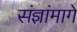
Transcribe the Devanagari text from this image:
संज्ञांमागे